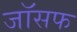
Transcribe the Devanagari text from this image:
जाॅसफ